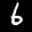
Label: 6